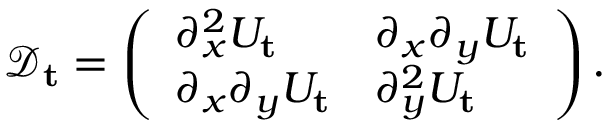
\begin{array} { r } { \mathcal { D } _ { \mathbf { t } } = \left( \begin{array} { l l } { \partial _ { x } ^ { 2 } U _ { \mathbf { t } } } & { \partial _ { x } \partial _ { y } U _ { \mathbf { t } } } \\ { \partial _ { x } \partial _ { y } U _ { \mathbf { t } } } & { \partial _ { y } ^ { 2 } U _ { \mathbf { t } } } \end{array} \right) . } \end{array}